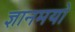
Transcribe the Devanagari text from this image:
ज्ञानमयो